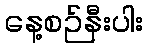
နေ့စဉ်နီးပါး